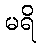
မရိ